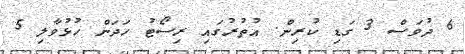
6 ދުވަސް 3 ގަޑި ކުރިން. އުތުރުގައި ރިސޯޓު ހަދަން ހުޅުވާލި 5